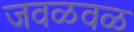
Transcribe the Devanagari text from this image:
जवळवळ